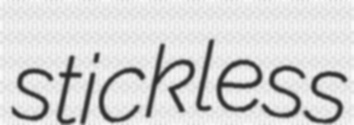
stickless